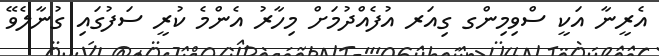
އެރީނާ އަކީ ސްވިމިންގ ގިއަރ އުފެއްދުމަށް މިހާރު އެންމެ ކުރީ ސަފުގައި ގުނާލެވޭ